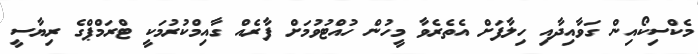
މެކްސިކޯއިން ގަވާއިދާއި ހިލާފަށް އެތެރެވާ މީހުން ހުއްޓުވުމަށް ފާރެއް ގާއިމްކުރުމަކީ ޓްރަމްޕްގެ ރިޔާސީ